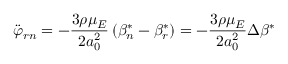
\ddot { \varphi } _ { r n } = - \frac { 3 \rho \mu _ { E } } { 2 a _ { 0 } ^ { 2 } } \left( \beta _ { n } ^ { * } - \beta _ { r } ^ { * } \right) = - \frac { 3 \rho \mu _ { E } } { 2 a _ { 0 } ^ { 2 } } \Delta \beta ^ { * }